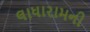
લાધારામની